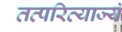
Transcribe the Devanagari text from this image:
तत्परित्याज्यं